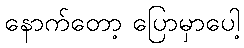
နောက်တော့ ပြောမှာပေါ့